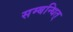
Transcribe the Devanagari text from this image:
सम्बन्धित्